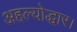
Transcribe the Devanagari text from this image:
अहल्योद्धार।